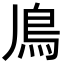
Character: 𩾑